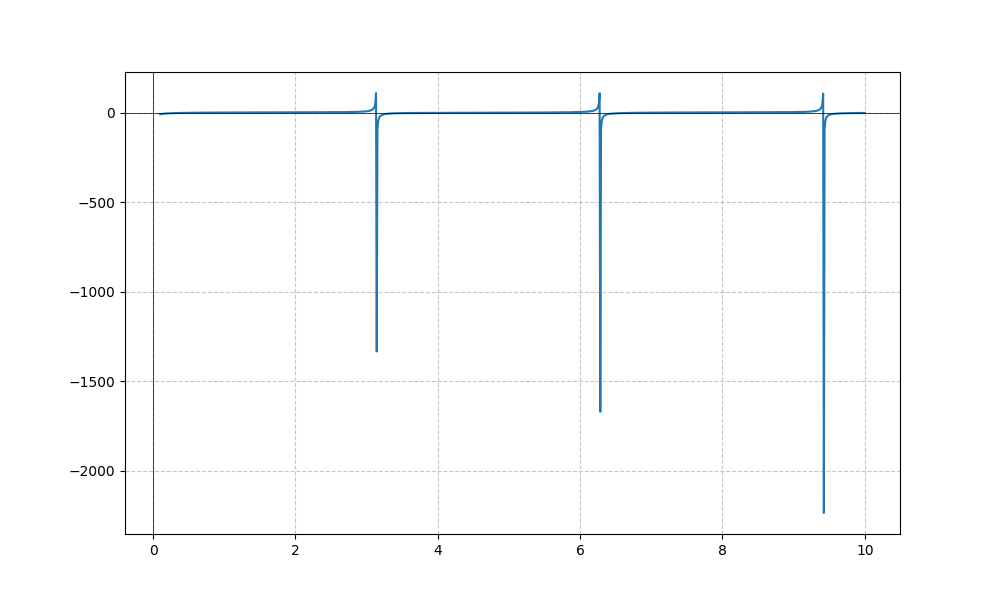
LaTeX formula: \sin{\left(x \right)} - \cot{\left(x \right)}